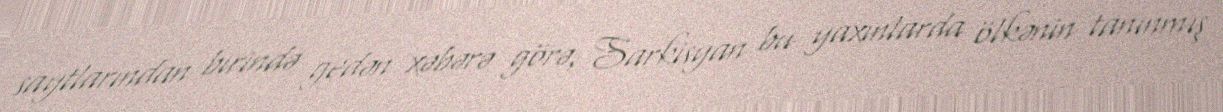
saytlarından birində gedən xəbərə görə, Sarkisyan bu yaxınlarda ölkənin tanınmış